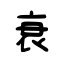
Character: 衰